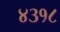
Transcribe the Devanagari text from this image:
४३१८